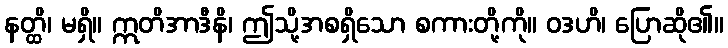
နတ္ထိ၊ မရှိ။ ဣတိအာဒီနိ၊ ဤသို့အစရှိသော စကားတို့ကို။ ဝဒဟိ၊ ပြောဆို၏။